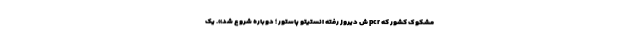
مشکوک کشور که pcr ش دیروز رفته انستیتو پاستور ؛ دوباره شروع شد». یک